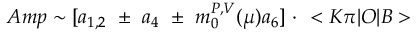
A m p \sim [ a _ { 1 , 2 } \, \, \pm \, \, a _ { 4 } \, \, \pm \, \, m _ { 0 } ^ { P , V } ( \mu ) a _ { 6 } ] \, \, \cdot \, \, < K \pi | O | B >